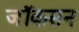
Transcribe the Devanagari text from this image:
जॉकसन